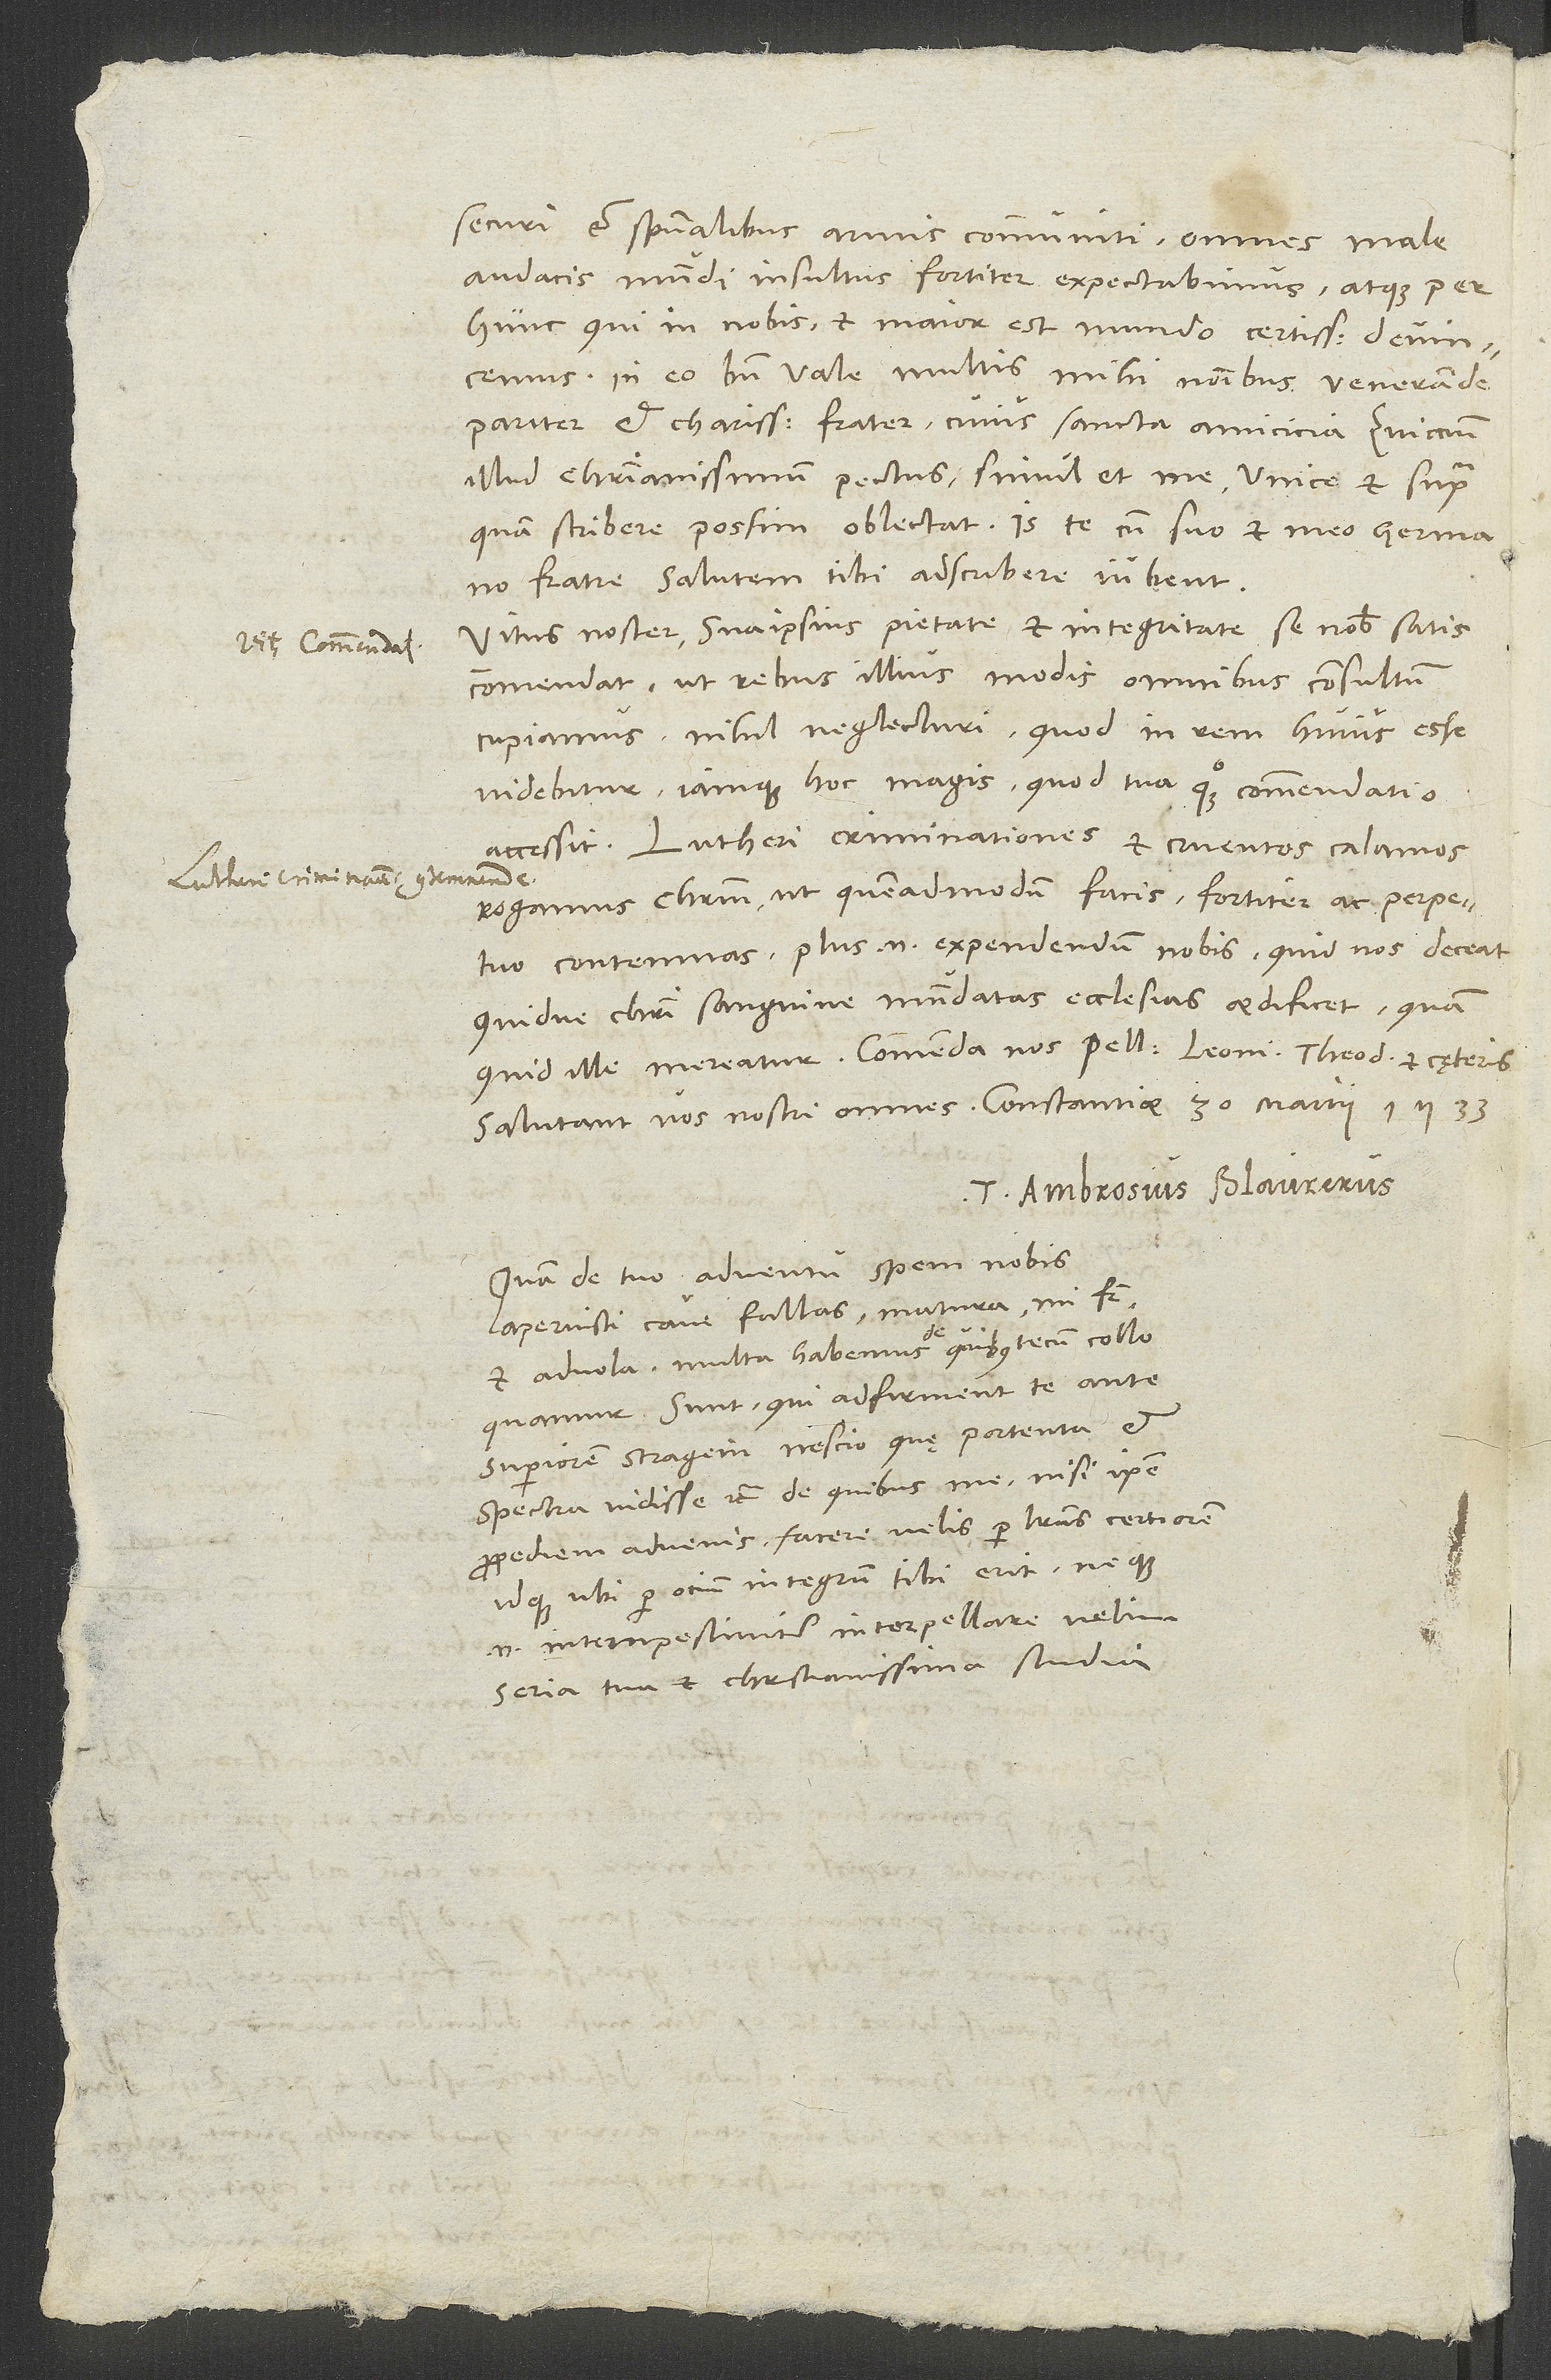
securi et spiritualibus armis communiti omnes male
audacis mundi insultus fortiter expectabimus atque per
hunc, qui in nobis et maior est mundo, certissimi devincemus.
In eo bene vale, multis mihi nominibus venerande
pariter et charissime frater, cuius sancta amicicia Zuiccium,
illud christianissimum pectus, simul et me unice et supra,
quam scribere possim, oblectat; iste cum suo et meo germano
fratre salutem tibi adscribere iubent.
Vitus noster sua ipsius pietate et integritate se nobis satis
commendat, ut rebus iIlius modis omnibus consultum
cupiamus nihil neglecturi, quod in rem huius esse
videbitur, iamque hoc magis, quod tua quoque commendatio
Lutheri criminationes et cruentos calamos
rogamus Christum ut, quemadmodum facis, fortiter ac perpetuo
contemnas. Plus enim expendendum nobis, quid nos deceat
quidve Christi sanguine mundatas ecclesias aedificet, quam
Tuus Ambrosius Blaurerus.
Quam de tuo adventu spem nobis
aperuisti, cave fallas. Matura, mi frater,
et advola. Multa habemus, de quibus tecum colloquamur.
Sunt, qui adfirment te ante
superiorem stragem nescio quę portenta et
spectra vidisse etc., de quibus me, nisi ipse
propediem advenis, facere velis per literas certiorem,
idque, ubi per otium integrum tibi erit; neque
enim intempestiviter interpellare velim
seria tua et christianissima studia.